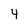
Character: 4